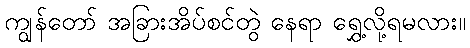
ကျွန်တော် အခြားအိပ်စင်တွဲ နေရာ ရွှေ့လို့ရမလား။